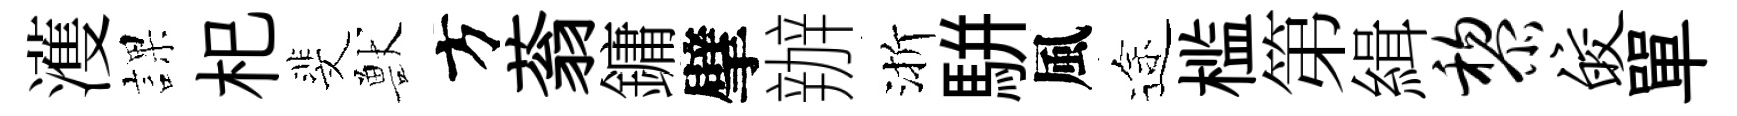
濩課𣏌斐獸方蓊鏞擘辦渐駢風途槛第緝黎皎單